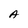
Character: A